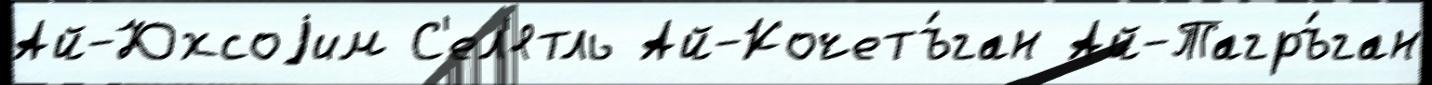
Ай-Юхсоjим С'ел'ятль Ай-Кочетъ́ган Ай-Тагръ́ган